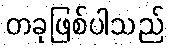
တခုဖြစ်ပါသည်